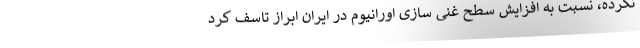
نکرده، نسبت به افزایش سطح غنی سازی اورانیوم در ایران ابراز تاسف کرد